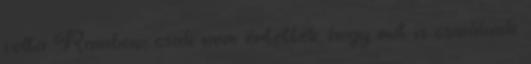
volta Rainbow, csak nem értették, hogy mit is csinálunk.